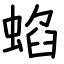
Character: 蜭